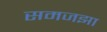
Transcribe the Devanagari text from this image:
समजझा